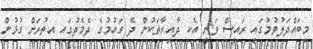
މިބައްދަލުވުމުގައި ރައީސް ވަނީ އެކި ދާއިރާތަކުން ދެ ގައުމުގެ ދެމެދުގައި އިތުރަށް ގުޅުން